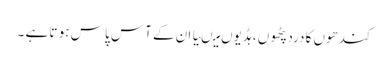
کندھوں کا درد پٹھو ں ،ہڈیوں میںیا ان کے آس پا س ہو تا ہے ۔